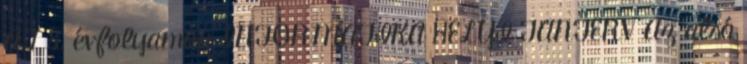
A 7 8. évfolyamon INFORMATIKA HELYI TANTERV Az alsó